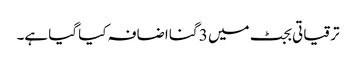
ترقیاتی بجٹ میں 3 گنا اضافہ کیا گیا ہے۔